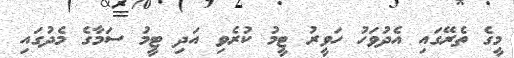
މީގެ ތެރޭގައި އެދުވަހު ހަވީރު ޓީމު ކުރެވި އަދި ޓީމު ސަމާގެ މެދުގައި